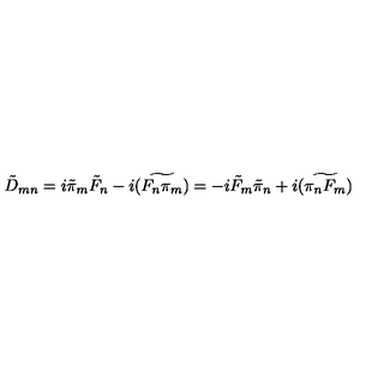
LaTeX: \tilde { D } _ { m n } = i \tilde { \pi } _ { m } \tilde { F } _ { n } - i \widetilde { ( F _ { n } \pi _ { m } ) } = - i \tilde { F } _ { m } \tilde { \pi } _ { n } + i \widetilde { ( \pi _ { n } F _ { m } ) }